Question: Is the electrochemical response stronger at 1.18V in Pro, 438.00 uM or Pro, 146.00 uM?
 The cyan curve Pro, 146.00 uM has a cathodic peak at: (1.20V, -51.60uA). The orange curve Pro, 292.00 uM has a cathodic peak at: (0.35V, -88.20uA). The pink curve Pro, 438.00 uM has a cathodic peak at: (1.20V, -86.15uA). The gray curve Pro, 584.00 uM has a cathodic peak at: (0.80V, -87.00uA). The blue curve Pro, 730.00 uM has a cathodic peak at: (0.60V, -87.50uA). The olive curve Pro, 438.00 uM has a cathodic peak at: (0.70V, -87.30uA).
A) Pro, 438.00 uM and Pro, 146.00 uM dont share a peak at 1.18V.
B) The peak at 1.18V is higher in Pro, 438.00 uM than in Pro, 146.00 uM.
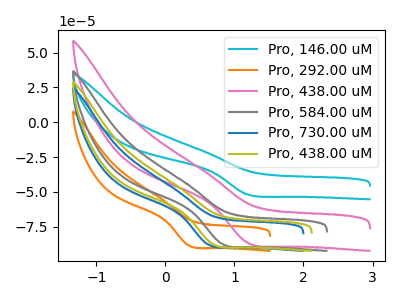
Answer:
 <answer>B) The peak at 1.18V is higher in "Pro, 438.00 uM" than in "Pro, 146.00 uM".</answer>
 <eval>B</eval>